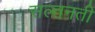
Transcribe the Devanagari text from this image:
सल्तनती